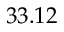
3 3 . 1 2